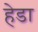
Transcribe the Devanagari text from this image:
हेडा